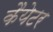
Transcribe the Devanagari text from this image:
कैयेटर